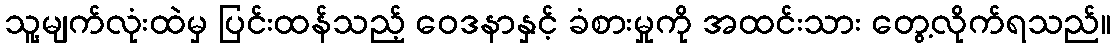
သူ့မျက်လုံးထဲမှ ပြင်းထန်သည့် ဝေဒနာနှင့် ခံစားမှုကို အထင်းသား တွေ့လိုက်ရသည်။